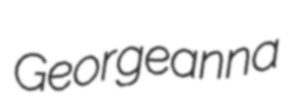
Georgeanna